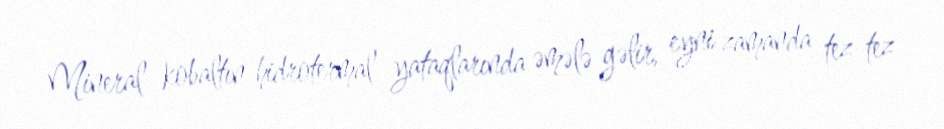
Mineral kobaltın hidrotermal yataqlarında əmələ gəlir, eyni zamanda tez-tez